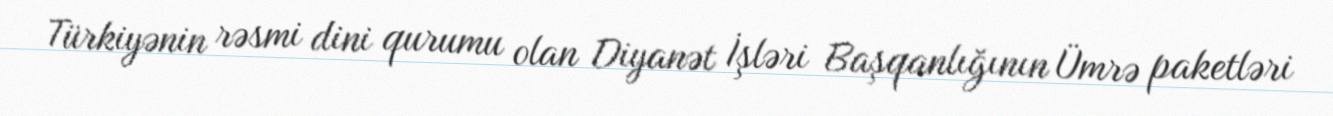
Türkiyənin rəsmi dini qurumu olan Diyanət İşləri Başqanlığının Ümrə paketləri